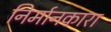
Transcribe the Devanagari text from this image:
निर्मानकारा